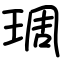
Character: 琱